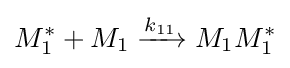
M_{1}^{*}+M_{1}\xrightarrow {k_{11}} M_{1}M_{1}^{*}